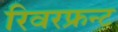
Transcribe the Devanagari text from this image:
रिवरफ्रन्ट